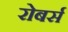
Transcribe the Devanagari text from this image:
रोबर्स